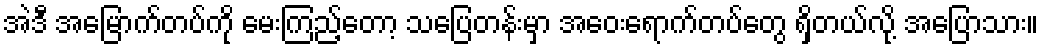
အဲဒီ အမြောက်တပ်ကို မေးကြည့်တော့ သပြေတန်းမှာ အဝေးရောက်တပ်တွေ ရှိတယ်လို့ အပြောသား။